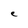
Character: e